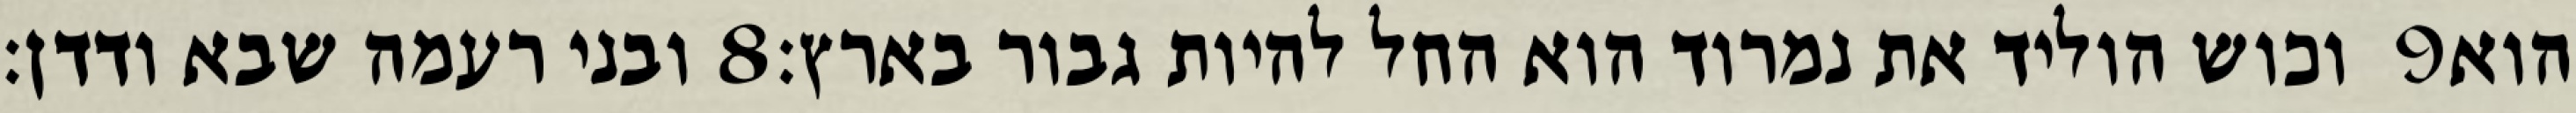
ובני רעמה שבא ודדן׃ ‎8‏ וכוש הוליד את נמרוד הוא החל להיות גבור בארץ׃ ‎9‏ הוא